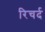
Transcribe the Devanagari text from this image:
रिचर्द